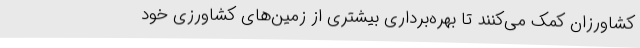
کشاورزان کمک می‌کنند تا بهره‌برداری بیشتری از زمین‌های کشاورزی خود